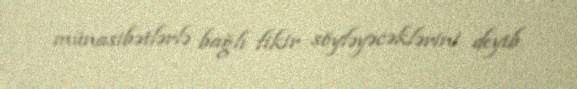
münasibətlərlə bağlı fikir söyləyəcəklərini deyib.